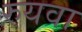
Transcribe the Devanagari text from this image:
रुयवा